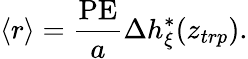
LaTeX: \langle r\rangle=\frac{\textrm{PE}}{a}\Delta h_{\xi}^{*}(z_{trp}).